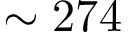
\sim 2 7 4